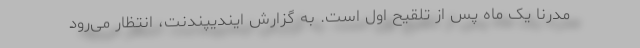
مدرنا یک ماه پس از تلقیح اول است. به گزارش ایندیپندنت، انتظار می‌رود